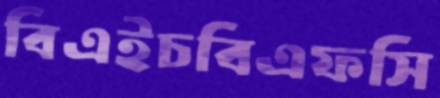
বিএইচবিএফসি